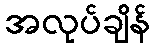
အလုပ်ချိန်